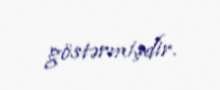
göstərmişdir.